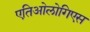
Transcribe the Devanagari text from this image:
एतिओलोगिएस